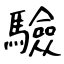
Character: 驗